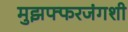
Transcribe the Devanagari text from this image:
मुझफ्फरजंगशी